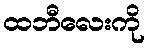
ထဘီလေးကို